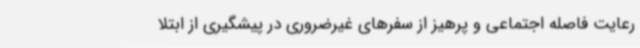
رعایت فاصله اجتماعی و پرهیز از سفرهای غیرضروری در پیشگیری از ابتلا